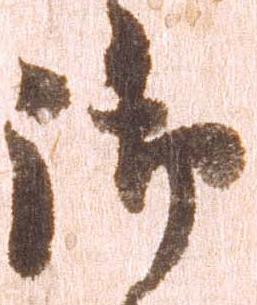
御